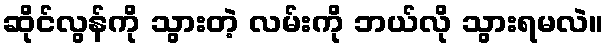
ဆိုင်လွန်ကို သွားတဲ့ လမ်းကို ဘယ်လို သွားရမလဲ။